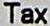
TAX